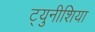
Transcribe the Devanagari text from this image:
ट्युनीशिया